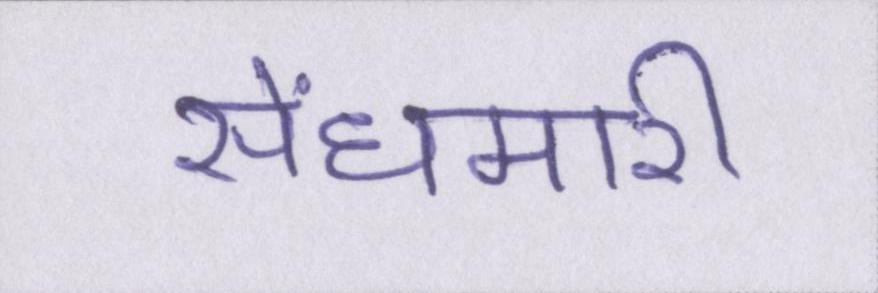
सेंधमारी